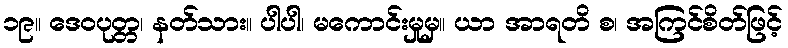
၁၉။ ဒေဝပုတ္တ၊ နတ်သား။ ပါပါ၊ မကောင်းမှုမှ။ ယာ အာရတိ စ၊ အကြင်စိတ်ဖြင့်